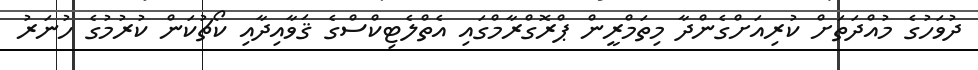
ދުވަހުގެ މުއްދަތަށް ކުރިއަށްގެންދާ މިތަމްރީން ޕްރޮގްރާމްގައި އެތްލެޓިކްސްގެ ޤަވާއިދާއި ކޯޗުކަން ކުރުމުގެ ހުނަރު